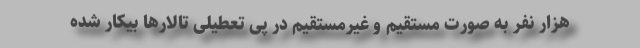
هزار نفر به صورت مستقیم و غیرمستقیم در پی تعطیلی تالارها بیکار شده